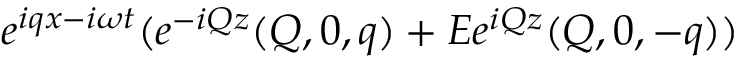
e ^ { i q x - i \omega t } ( e ^ { - i Q z } ( Q , 0 , q ) + E e ^ { i Q z } ( Q , 0 , - q ) )